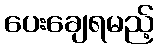
ပေးချေရမည့်